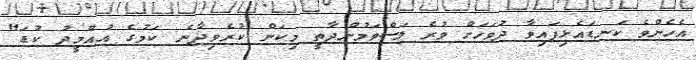
އެހެންވެ ކަނޑައެޅިފައިވާ ދުވަހަށް ވުރެ ލަސްވަމުންދާތީ މިކަން ކުރެވިދާނެ ކަމުގެ އުއްމީދު ކުޑަ"